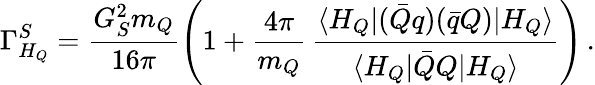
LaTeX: \Gamma_{H_{Q}}^{S}=\frac{G_{S}^{2}m_{Q}}{16\pi}\left(1+\frac{4\pi}{m_{Q}}\, \frac{\langle H_{Q}|(\bar{Q}q)(\bar{q}Q)|H_{Q}\rangle}{\langle H_{Q}|\bar{Q}Q|H_{Q}\rangle}\right)\, .